Juri_Uluots, lk 2
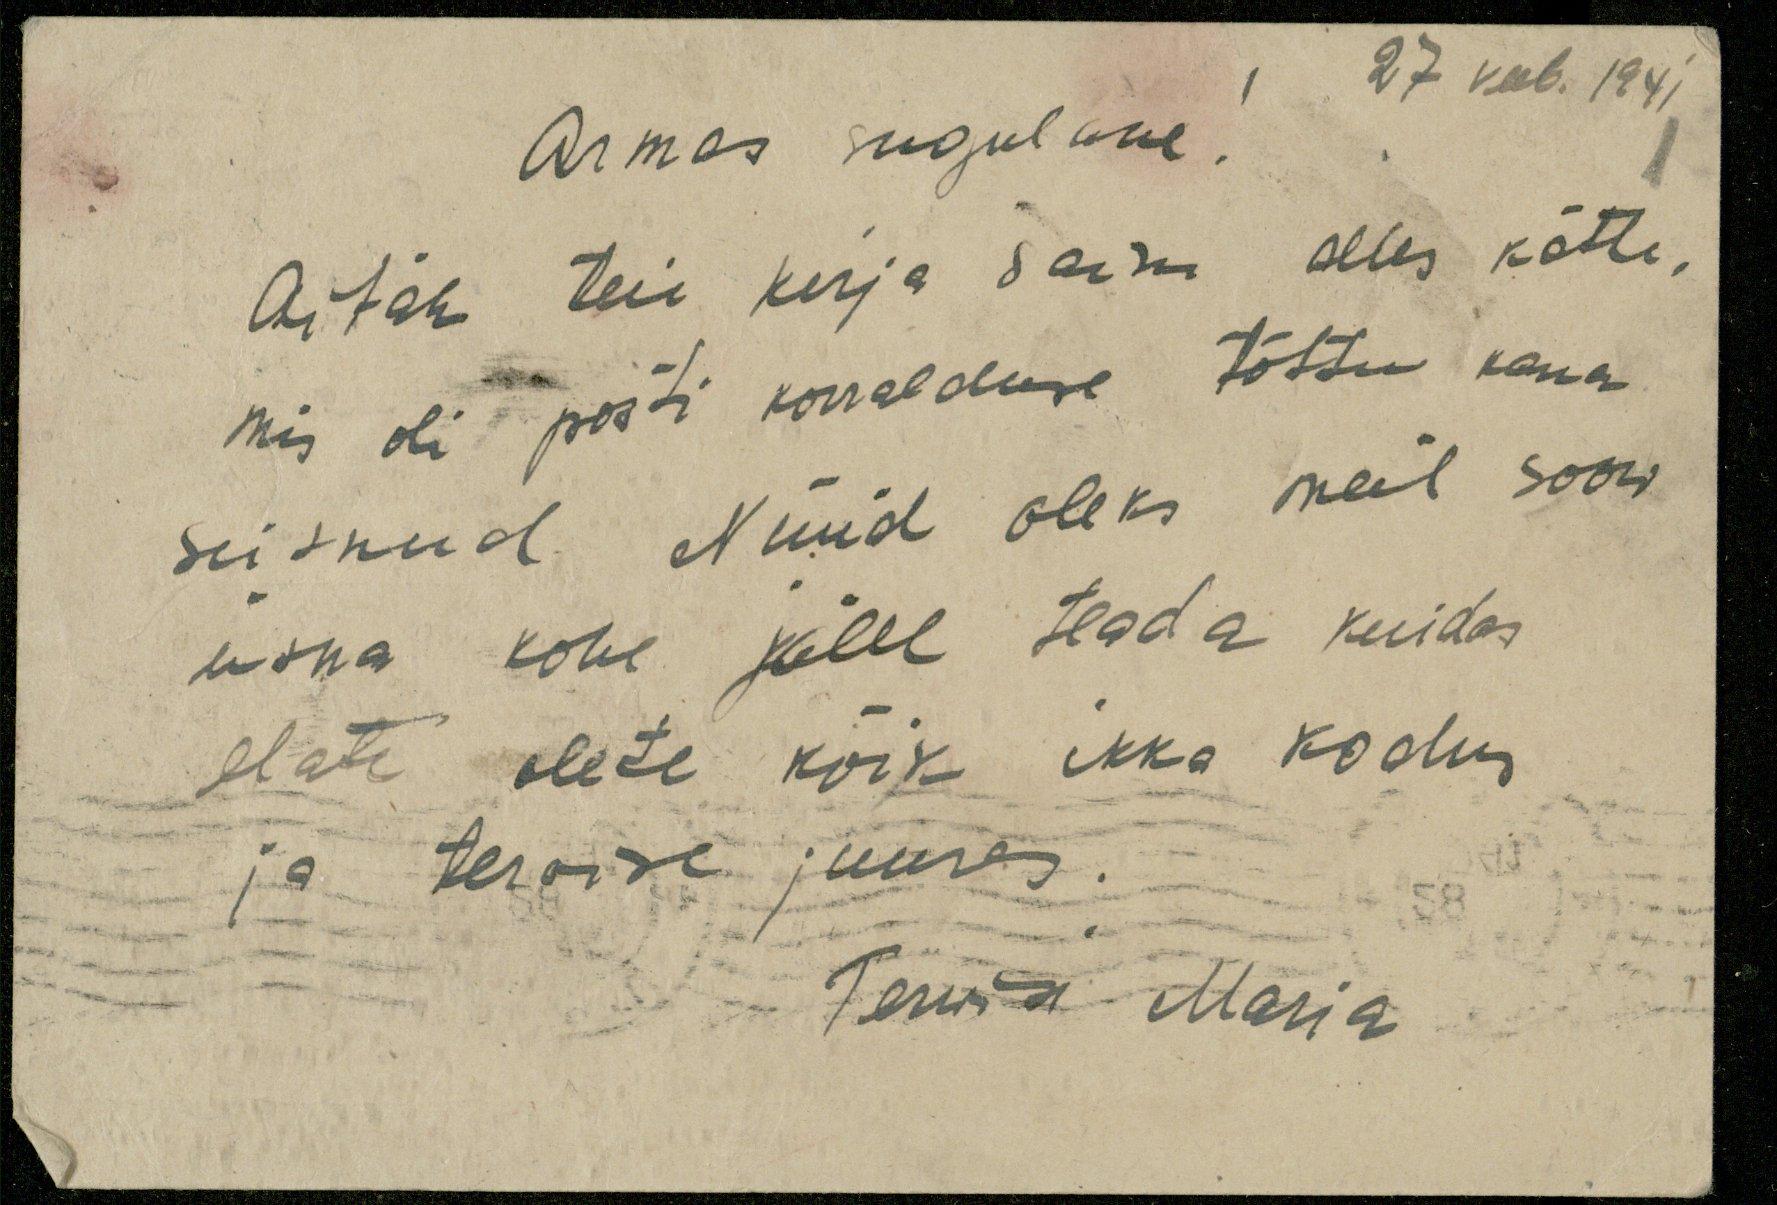
27 veeb. 1941
Armas sugulane
Aitäh teie kirja sain alles kätte
mis oli posti korralduse tõttu kaua
seisnud. Nüüd oleks meil soow
üsna kohe jälle teada kuidas
elate olete kõik ikka kodus
ja terwise juures
Terwisi Maria